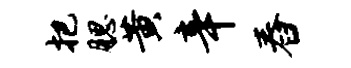
把腮黄辛舂